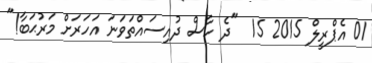
01 އެޕްރީލް 2015 15  "ދެ ހާސް ދުއިސައްތަވަނަ އަހަރަށް މަރުޙަބާ!"